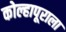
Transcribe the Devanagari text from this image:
कोल्हापूराला